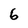
Character: 6